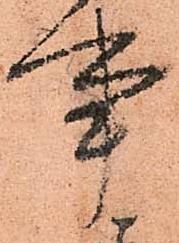
事